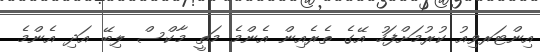
އިންޓަރވިއު ކުރުމަށްފަހު އޭގެ ތެރެއިން އެންމެ މަތީ މާކްސް ލިބޭ އަދި އެންމެ